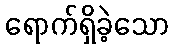
ရောက်ရှိခဲ့သော